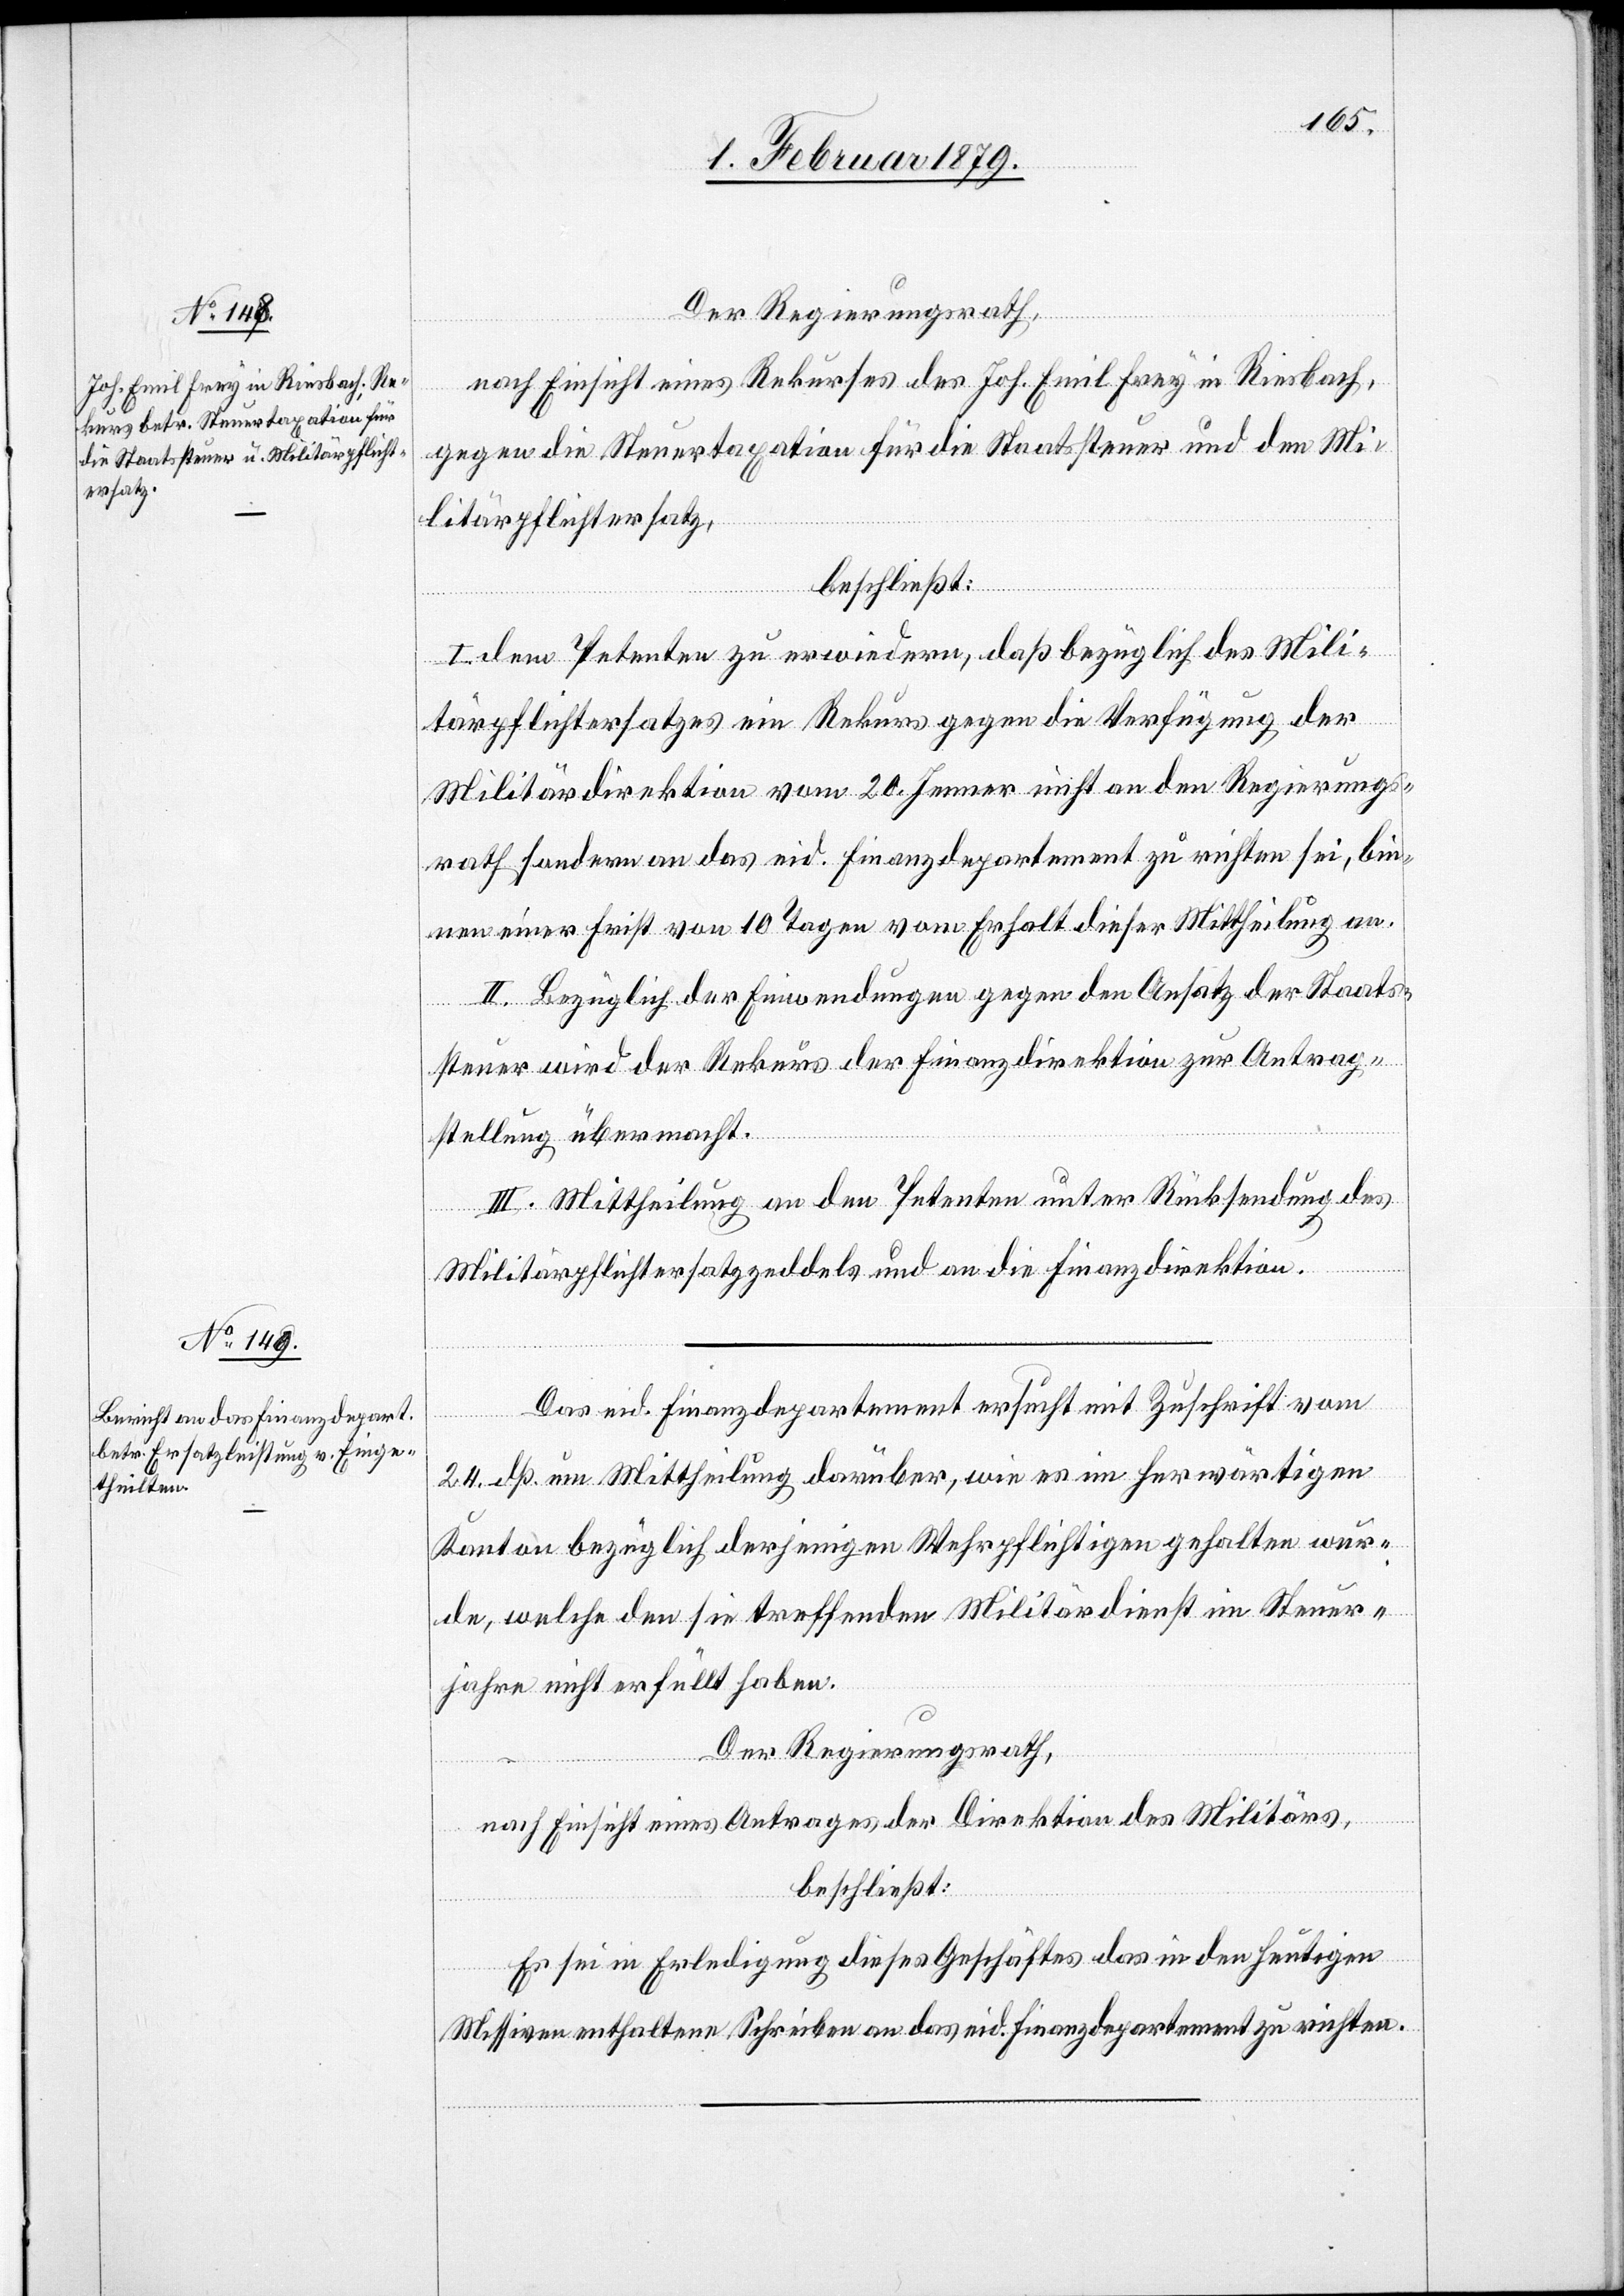
Der Regierungsrath,
nach Einsicht eines Rekurses des Joh. Emil Frey in Riesbach,
gegen die Steuertaxation für die Staatssteuer und den Mi¬
litärpflichtersatz,
beschließt:
I. Dem Petenten zu erwiedern, daß bezüglich des Mili¬
tärpflichtersatzes ein Rekurs gegen die Verfügung der
Militärdirektion vom 20. Jenner nicht an den Regierungs¬
rath sondern an das eid. Finanzdepartement zu richten sei, bin¬
nen einer Frist von 10 Tagen vom Erhalt dieser Mittheilung an.
II. Bezüglich der Einwendungen gegen den Ansatz der Staats¬
steuer wird der Rekurs der Finanzdirektion zur Antrag¬
stellung übermacht.
III. Mittheilung an den Petenten unter Rücksendung des
Militärpflichtersatzzeddels und an die Finanzdirektion.
Das eid. Finanzdepartement ersucht mit Zuschrift vom
24. dß. um Mittheilung darüber, wie es im herwärtigen
Kanton bezüglich derjenigen Wehrpflichtigen gehalten wur¬
de, welche den sie treffenden Militärdienst im Steuer¬
jahre nicht erfüllt haben.
Der Regierungsrath,
nach Einsicht eines Antrages der Direktion des Militärs,
beschließt:
Es sei in Erledigung dieses Geschäftes das in den heutigen
Missiven enthaltene Schreiben an das eid. Finanzdepartement zu richten.